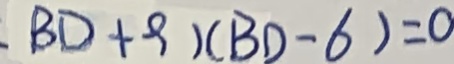
B D + 9 ) ( B D - 6 ) = 0